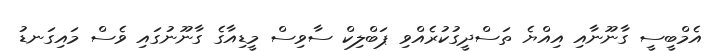
އެމްބީސީ ގާނޫނާއި އިއްޔެ ތަސްދީގުކުރެއްވި ޕަބްލިކް ސާވިސް މީޑިއާގެ ގާނޫނުގައި ވެސް މައިގަނޑު